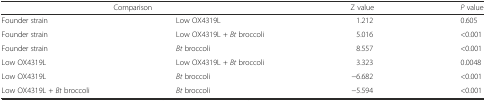
<table><thead><tr><td colspan="2"><b>Comparison</b></td><td><b>Z value</b></td><td><b><i>P</i> value</b></td></tr></thead><tbody><tr><td>Founder strain</td><td>Low OX4319L</td><td>1.212</td><td>0.605</td></tr><tr><td>Founder strain</td><td>Low OX4319L + <i>Bt</i> broccoli</td><td>5.016</td><td>&lt;0.001</td></tr><tr><td>Founder strain</td><td><i>Bt</i> broccoli</td><td>8.557</td><td>&lt;0.001</td></tr><tr><td>Low OX4319L</td><td>Low OX4319L + <i>Bt</i> broccoli</td><td>3.323</td><td>0.0048</td></tr><tr><td>Low OX4319L</td><td><i>Bt</i> broccoli</td><td>−6.682</td><td>&lt;0.001</td></tr><tr><td>Low OX4319L + <i>Bt</i> broccoli</td><td><i>Bt</i> broccoli</td><td>−5.594</td><td>&lt;0.001</td></tr></tbody></table>